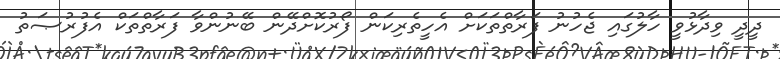
ދީީދީ ވިދާޅުވީ ހާލުގައި ޖެހުނު ފަރާތްތަކަށް އެހީތެރިކަން ފޯރުކޮށްދޭން ބޭނުންވާ ފަރާތްތަަކް އެފުރުޞަތު